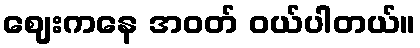
ဈေးကနေ အဝတ် ဝယ်ပါတယ်။